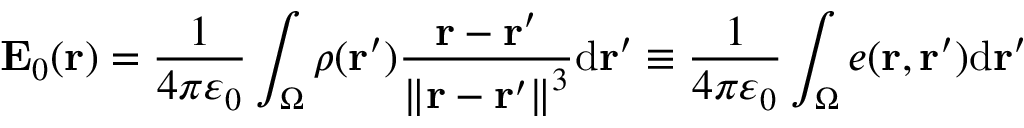
\mathbf { E } _ { 0 } ( \mathbf { r } ) = { \frac { 1 } { 4 \pi \varepsilon _ { 0 } } } \int _ { \Omega } \rho ( \mathbf { r } ^ { \prime } ) { \frac { \mathbf { r } - \mathbf { r } ^ { \prime } } { \left\| \mathbf { r } - \mathbf { r } ^ { \prime } \right\| ^ { 3 } } } \mathrm { d } \mathbf { r } ^ { \prime } \equiv { \frac { 1 } { 4 \pi \varepsilon _ { 0 } } } \int _ { \Omega } e ( \mathbf { r , \mathbf { r } ^ { \prime } } ) { \mathrm { d } \mathbf { r } ^ { \prime } }